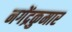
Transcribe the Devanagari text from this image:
नगेंद्रकुमार